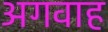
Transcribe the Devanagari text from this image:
अगवाह